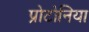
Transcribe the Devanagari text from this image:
प्रोटोनिया